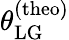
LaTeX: \theta_{\mathrm{LG}}^{\mathrm{(theo)}}